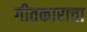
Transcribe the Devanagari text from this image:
गीतकाराचा